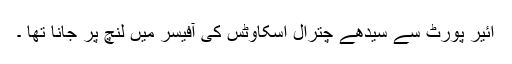
ائیر پورٹ سے سیدھے چترال اسکاوٹس کی آفیسر میں لنچ پر جانا تھا ۔